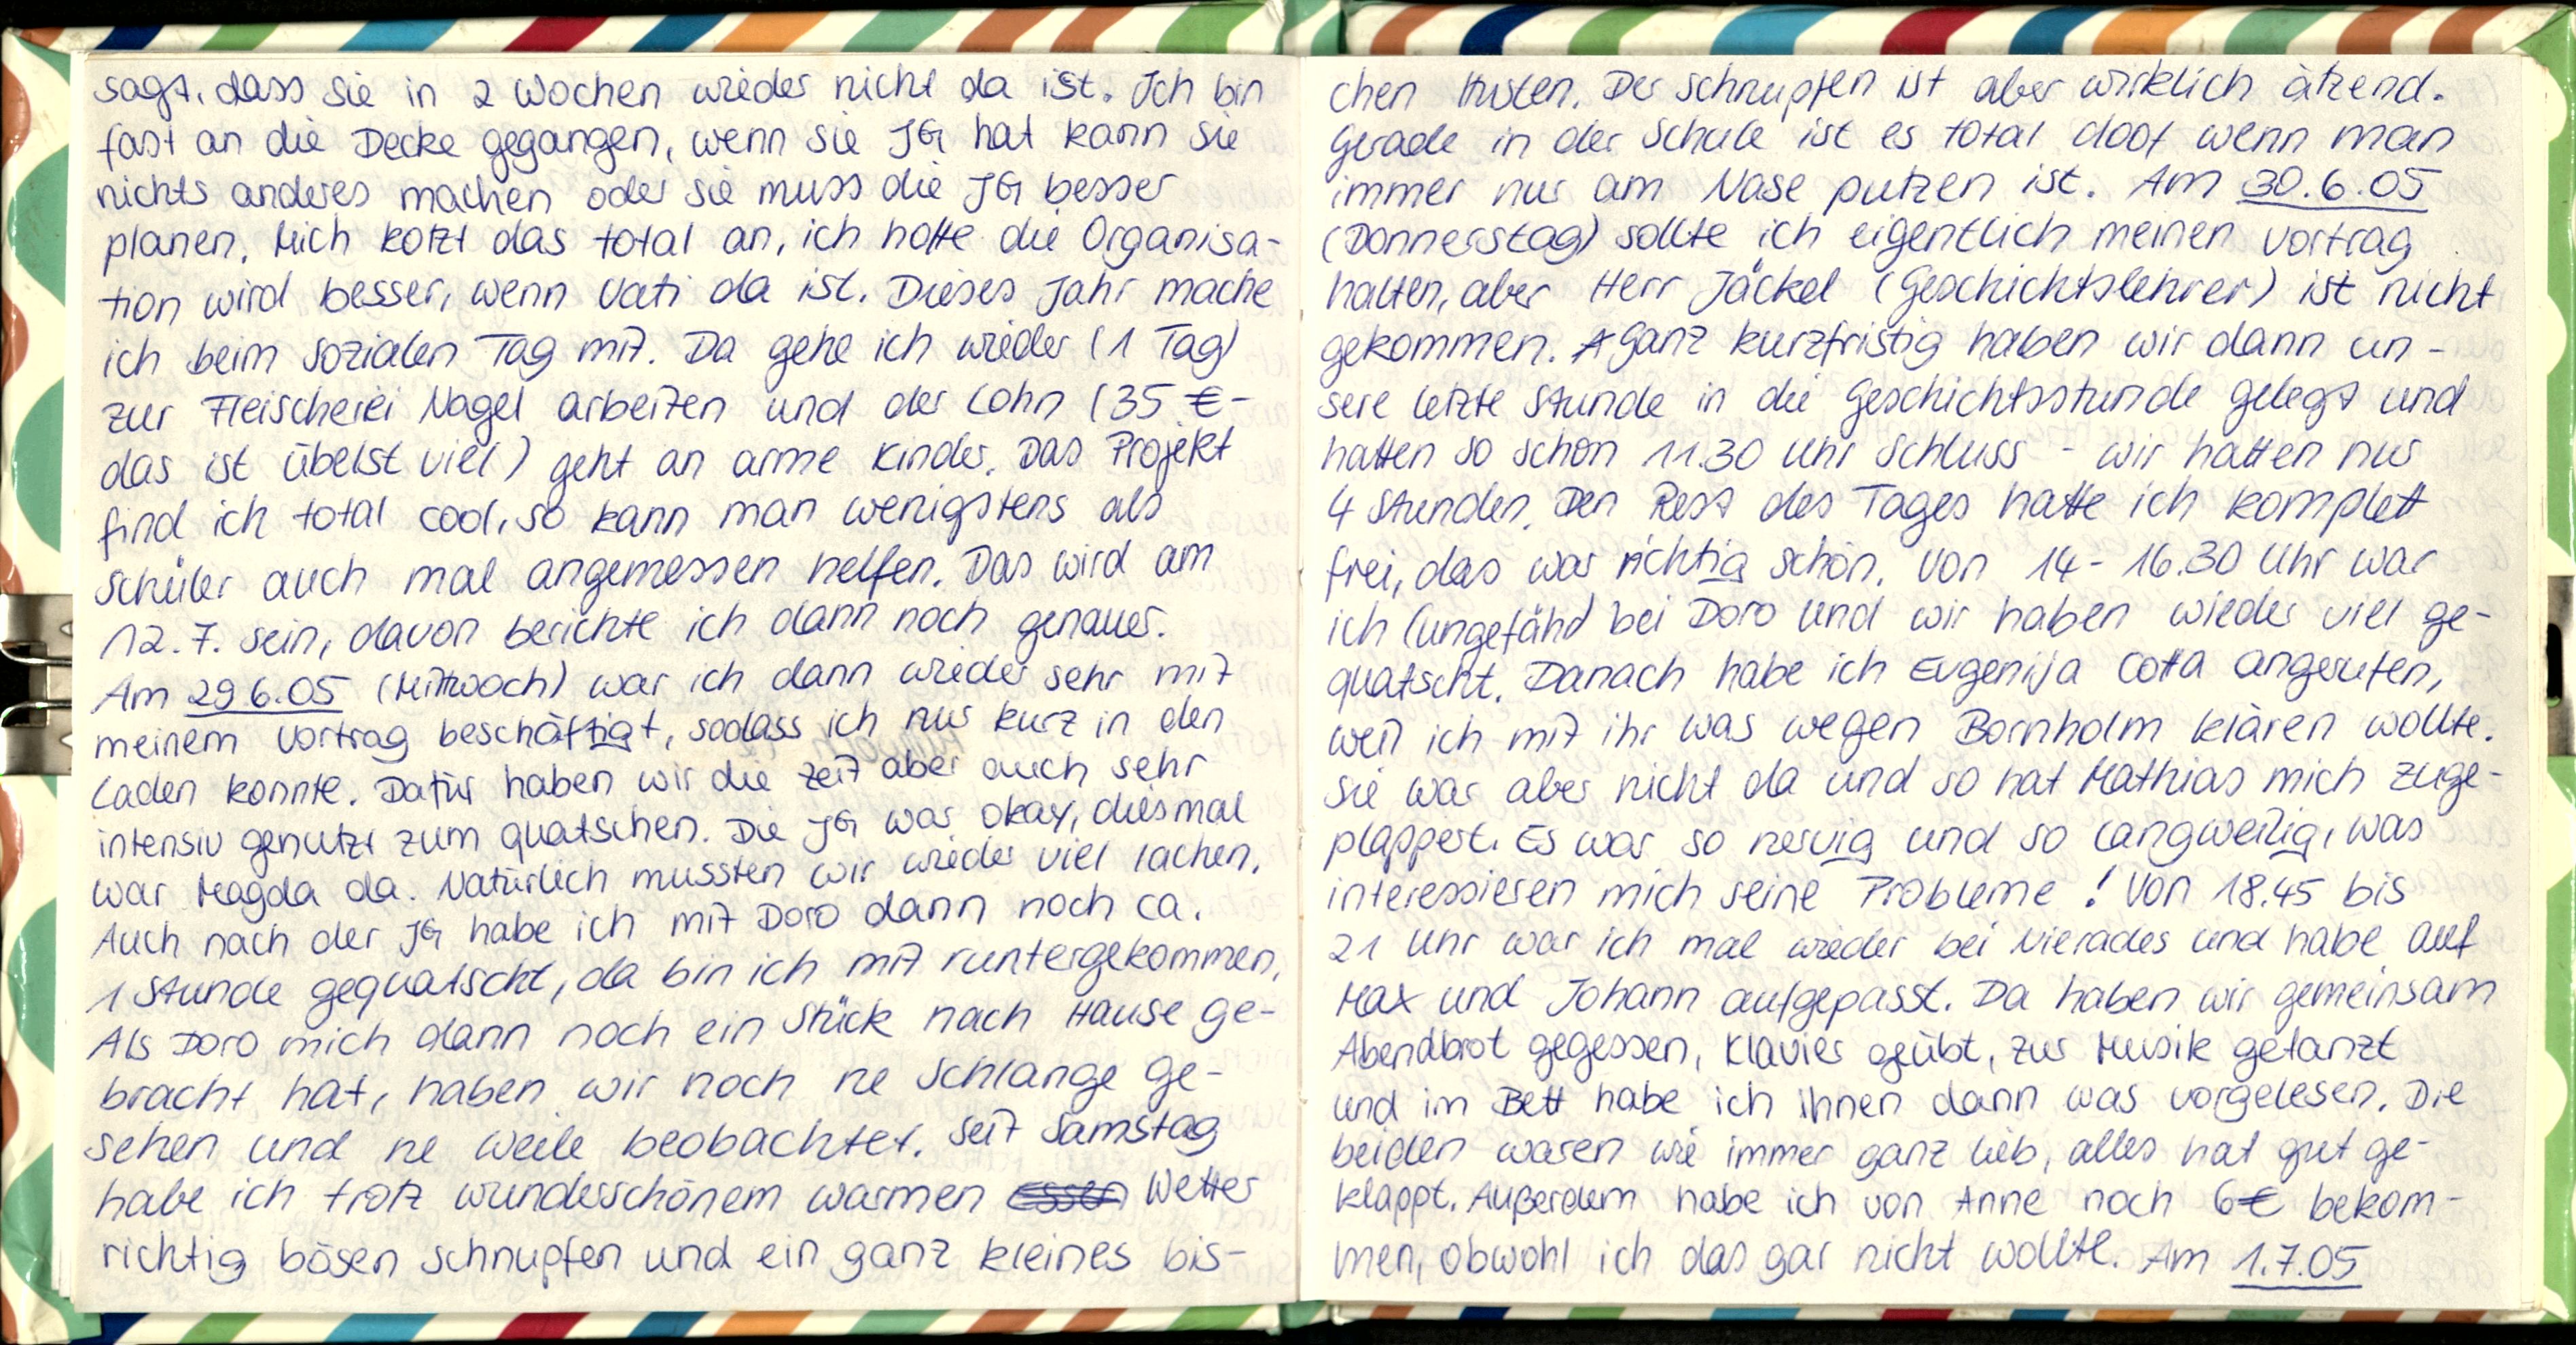
sagt, dass sie in 2 Wochen wieder nicht da ist. Ich bin
fast an die Decke gegangen, wenn sie JG hat kann sie
nichts anderes machen oder sie muss die JG besser
planen. Mich kotzt das total an, ich hoffe die Organisa-
tion wird besser, wenn Vati da ist. Dieses Jahr mache
ich beim sozialen Tag mit. Da gehe ich wieder (1 Tag)
zur Fleischerei Nagel arbeiten und der Lohn (35 €-
das ist übelst viel) geht an arme Kinder. Das Projekt
find ich total cool, so kann man wenigstens als
Schüler auch mal angemessen helfen. Das wird am
12.7. sein, davon berichte ich dann noch genauer.
Am 29.6.05 (Mittwoch) war ich dann wieder sehr mit
meinem Vortrag beschäftigt, sodass ich nur kurz in den
Laden konnte. Dafür haben wir die Zeit aber auch sehr
intensiv genutzt zum quatschen. Die JG war okay, diesmal
war Magda da. Natürlich mussten wir wieder viel lachen.
Auch nach der JG habe ich mit Doro dann noch ca.
1 Stunde gequatscht, da bin ich mit runtergekommen.
Als Doro mich dann noch ein Stück nach Hause ge-
bracht hat, haben wir noch ne Schlange ge-
sehen und ne Weile beobachtet. Seit Samstag
habe ich trotz wunderschönem warmen Wetter
richtig bösen Schnupfen und ein ganz kleines bis-

chen Husten. Der Schnupfen ist aber wirklich ätzend.
Gerade in der Schule ist es total doof wenn man
immer nur am Nase putzen ist. Am 30.6.05
(Donnerstag) sollte ich eigentlich meinen Vortrag
halten, aber Herr Jäckel (Geschichtslehrer) ist nicht
gekommen. Ganz kurztristig haben wir dann un-
sere letzte Stunde in die Geschichtsstunde gelegt und
hatten so schon 11.30 Uhr Schluss - wir hatten nur
4 Stunden. Den Rest des Tages hatte ich komplett
frei, das war richtig schön von 14-16.30 Uhr war
ich (ungefähr) bei Doro und wir haben wieder viel ge-
quatscht. Danach habe ich Evgenija Cotta angerufen,
weil ich mit ihr was wegen Bornholm klären wollte.
Sie war aber nicht da und so hat Mathias mich zuge-
plappert. Es war so nervig und so langweilig, was
interessieren mich seine Probleme! Von 18.45 bis
21 Uhr war ich mal wieder bei Nierades und habe auf
Max und Johann aufgepasst. Da haben wir gemeinsam
Abendbrot gegessen, Klavier geübt, zur Musik getanzt
und im Bett habe ich ihnen dann was vorgelesen. Die-
beiden waren wie immer ganz lieb, alles hat gut ge-
klappt. Außerdem habe ich von Anne noch 6€ bekom-
men, obwohl ich das gar nicht wollte. Am 1.7.05